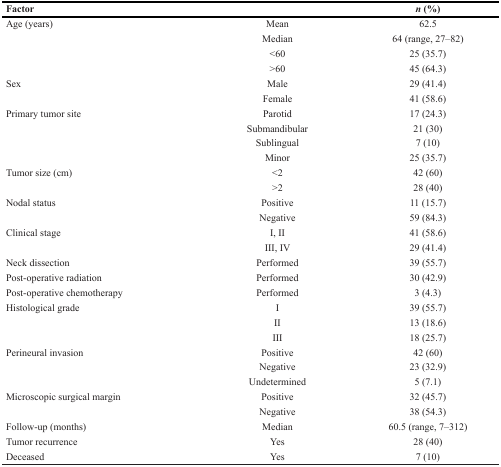
| Factor |  | n (%) |
 | --- | --- | --- |
 | Age (years) | Mean | 62.5 |
 |  | Median | 64 (range, 27–82) |
 |  | <60 | 25 (35.7) |
 |  | >60 | 45 (64.3) |
 | Sex | Male | 29 (41.4) |
 |  | Female | 41 (58.6) |
 | Primary tumor site | Parotid | 17 (24.3) |
 |  | Submandibular | 21 (30) |
 |  | Sublingual | 7 (10) |
 |  | Minor | 25 (35.7) |
 | Tumor size (cm) | <2 | 42 (60) |
 |  | >2 | 28 (40) |
 | Nodal status | Positive | 11 (15.7) |
 |  | Negative | 59 (84.3) |
 | Clinical stage | I, II | 41 (58.6) |
 |  | III, IV | 29 (41.4) |
 | Neck dissection | Performed | 39 (55.7) |
 | Post-operative radiation | Performed | 30 (42.9) |
 | Post-operative chemotherapy | Performed | 3 (4.3) |
 | Histological grade | I | 39 (55.7) |
 |  | II | 13 (18.6) |
 |  | III | 18 (25.7) |
 | Perineural invasion | Positive | 42 (60) |
 |  | Negative | 23 (32.9) |
 |  | Undetermined | 5 (7.1) |
 | Microscopic surgical margin | Positive | 32 (45.7) |
 |  | Negative | 38 (54.3) |
 | Follow-up (months) | Median | 60.5 (range, 7–312) |
 | Tumor recurrence | Yes | 28 (40) |
 | Deceased | Yes | 7 (10) |